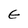
Character: E